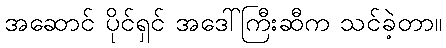
အဆောင် ပိုင်ရှင် အဒေါ်ကြီးဆီက သင်ခဲ့တာ။